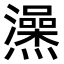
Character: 𤒕